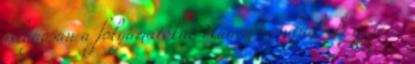
világosan a folyamatokat Hanem mondják el: ez jó és